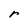
Character: r